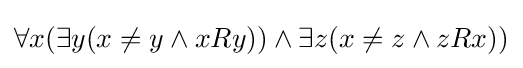
\forall x(\exists y(x\neq y\wedge xRy))\wedge \exists z(x\neq z\wedge zRx))